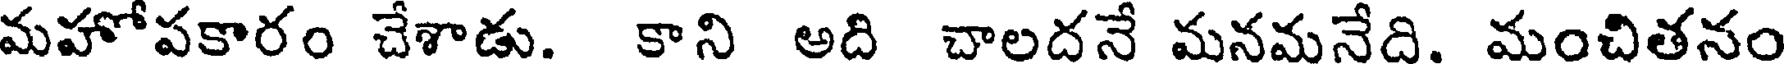
మహోపకారం చేశాడు. కాని అది చాలదనే మనమనేది. మంచితనం